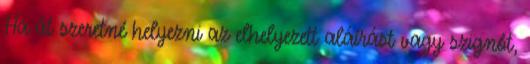
Ha át szeretné helyezni az elhelyezett aláírást vagy szignót,